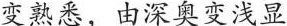
变熟悉，由深奥变浅显